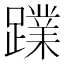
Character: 𮜙